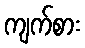
ကျက်စား